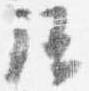
語